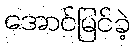
အောင်မြင်ခဲ့